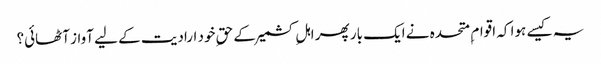
یہ کیسے ہوا کہ اقوام ِ متحدہ نے ایک بار پھر اہلِ کشمیرکے حقِ خود ارادیت کے لیے آواز آٹھائی؟